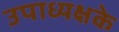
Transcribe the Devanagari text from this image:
उपाध्यक्षके